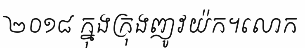
២០១៨ ក្នុងក្រុងញូវយ៉ក។លោក